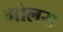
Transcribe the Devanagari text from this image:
गोलस